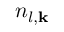
n _ { l , \mathbf { k } }